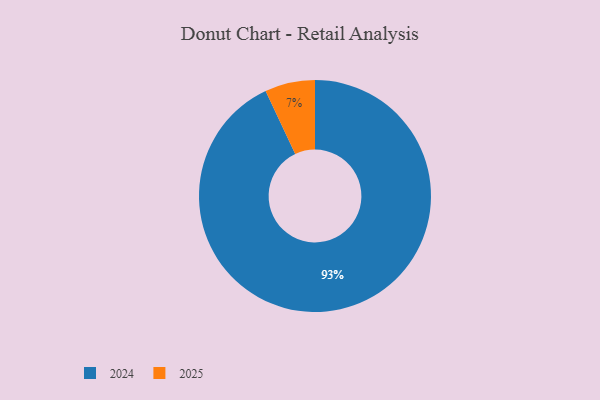
{"axis": {"x": "Category", "y": "Percentage"}, "legend": ["2024", "2025"], "data": [{"x": "2024", "y": 93, "type": "2024"}, {"x": "2025", "y": 7, "type": "2025"}]}